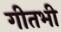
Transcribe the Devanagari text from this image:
गीतभी